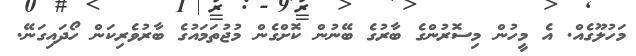
މަހުލޫގެއް. އެ މީހުން މިސޮރުންގެ ބާރުގެ ބޭނުން ކޮށްގެން މުޖުތަމައުގެ ބާރުވެރިކަން ހޯދައިގަނޭ.